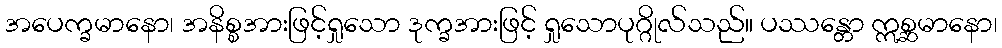
အပေက္ခမာနော၊ အနိစ္စအားဖြင့်ရှုသော ဒုက္ခအားဖြင့် ရှုသောပုဂ္ဂိုလ်သည်။ ပဿန္တော ဣစ္ဆမာနော၊